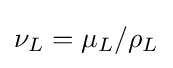
\nu _{L}=\mu _{L}/\rho _{L}